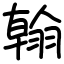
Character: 翰